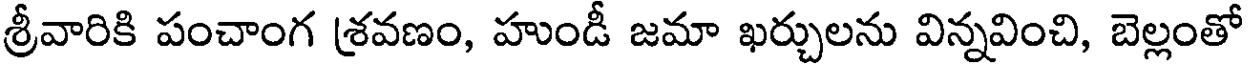
శ్రీవారికి పంచాంగ శ్రవణం, హుండీ జమా ఖర్చులను విన్నవించి, బెల్లంతో